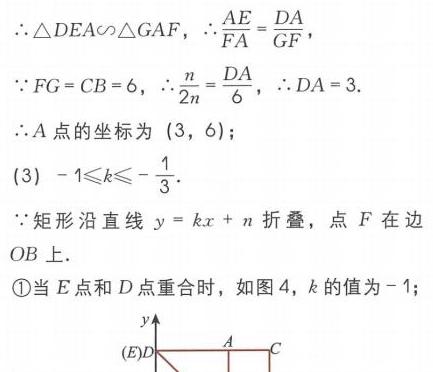
\(\therefore\triangle DEA\sim\triangle GAF\)，\(\therefore\frac{AE}{FA}=\frac{DA}{GF}\)，
\(\because FG = CB = 6\)，\(\therefore\frac{n}{\frac{1}{2}n}=\frac{DA}{6}\)，\(\therefore DA = 3\).
\(\therefore A\)点的坐标为\((3,6)\)；
(3) \(-1\leqslant k\leqslant-\frac{1}{3}\).
\(\because\)矩形沿直线\(y = kx + n\)折叠，点\(F\)在边\(OB\)上.
\textcircled{1}当\(E\)点和\(D\)点重合时，如图4，\(k\)的值为\(-1\)；
!(https://pic2.zhimg.com/v2-8c899969696969696969696969696969_b.jpg)
\((E)D\)  \(\underset{O}{\vert}\)  \(A\)  \(C\)  \(x\)  \(y\)